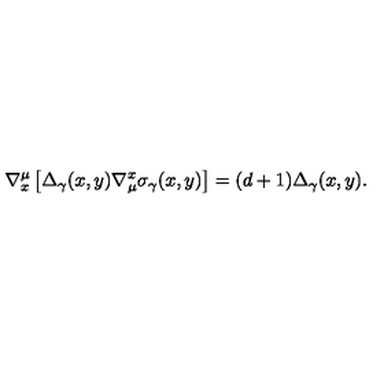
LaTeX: \nabla _ { x } ^ { \mu } \left[ \Delta _ { \gamma } ( x , y ) \nabla _ { \mu } ^ { x } \sigma _ { \gamma } ( x , y ) \right] = ( d + 1 ) \Delta _ { \gamma } ( x , y ) .